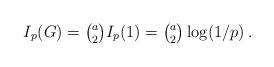
LaTeX: \begin{align*} I_p(G) = \tbinom{a}{2} I_p(1) = \tbinom{a}{2} \log ( 1/p)\,. \end{align*}